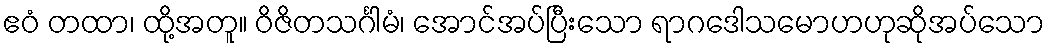
ဧဝံ တထာ၊ ထို့အတူ။ ဝိဇိတသင်္ဂါမံ၊ အောင်အပ်ပြီးသော ရာဂဒေါသမောဟဟုဆိုအပ်သော